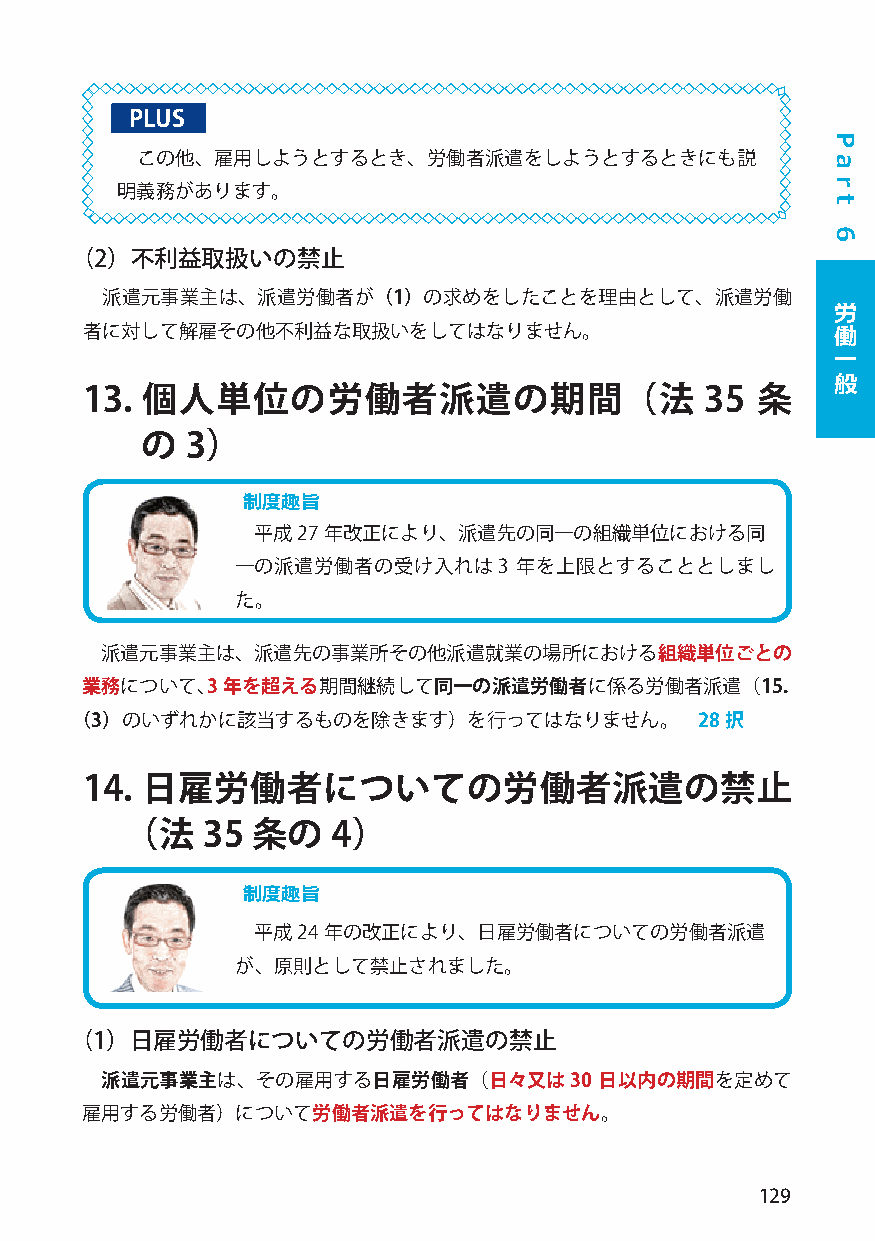
PLUS
 この他、雇用しようとするとき、労働者派遣をしようとするときにも説
 明義務があります。
 （2）不利益取扱いの禁止
 派遣元事業主は、派遣労働者が（1）の求めをしたことを理由として、派遣労働
 労
 者に対して解雇その他不利益な取扱いをしてはなりません。                       働
 一
 般
 13. 個人単位の労働者派遣の期間（法                       35 条
 の  3）
 制度趣旨
 平成27 年改正により、派遣先の同一の組織単位における同
 一の派遣労働者の受け入れは3    年を上限とすることとしまし
 た。
 派遣元事業主は、派遣先の事業所その他派遣就業の場所における組織単位ごとの
 業務について、3  年を超える期間継続して同一の派遣労働者に係る労働者派遣（15．
 （3）のいずれかに該当するものを除きます）を行ってはなりません。         28択
 14. 日雇労働者についての労働者派遣の禁止
 （  法 35  条の   4）
 制度趣旨
 平成24 年の改正により、日雇労働者についての労働者派遣
 が、原則として禁止されました。
 （1）日雇労働者についての労働者派遣の禁止
 派遣元事業主は、その雇用する日雇労働者（日々又は30       日以内の期間を定めて
 雇用する労働者）について労働者派遣を行ってはなりません。
 129
 P
 a
 r
 t
 6